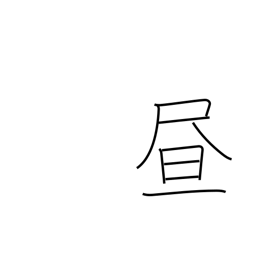
Meaning: daytime